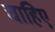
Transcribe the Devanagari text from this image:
चाहिेए